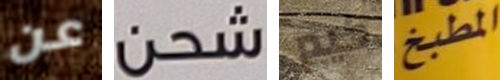
عن شحن كيم المطبخ